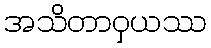
အသိတာဝှယဿ